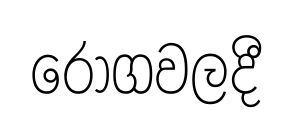
රෝගවලදී